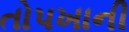
તોપખાની